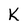
Character: K